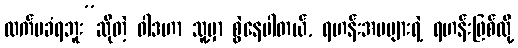
လက်မခံရဘူး”ဆိုတဲ့ ဝါဒဟာ သူ့မှာ စွဲနေပါတယ်, ရဟန်းအမများရဲ့ ရဟန်းဖြစ်လို့